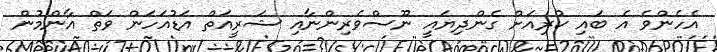
އެހެންވެ އެ ބައި ކުރިއަށް ގެންދިޔައީ ނޫސްވެރިންނާއި ޝަރީއަތް އަޑުއަހަން ވަތް އާންމުން